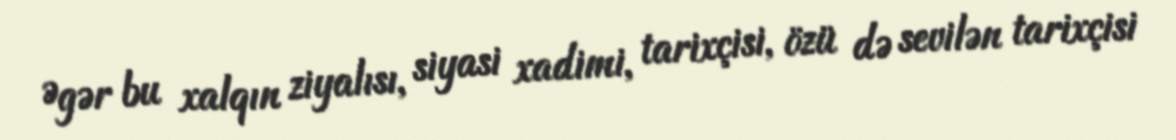
Əgər bu xalqın ziyalısı, siyasi xadimi, tarixçisi, özü də sevilən tarixçisi